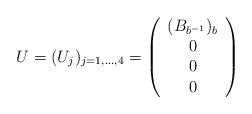
LaTeX: \begin{align*}U=(U_j)_ {j=1,\dots, 4}=\left(\begin{array}{c}({B}_{b^{-1}})_{b}\\0\\0\\0\\\end{array}\right)\end{align*}